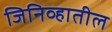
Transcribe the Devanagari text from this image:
जिनिव्हातील